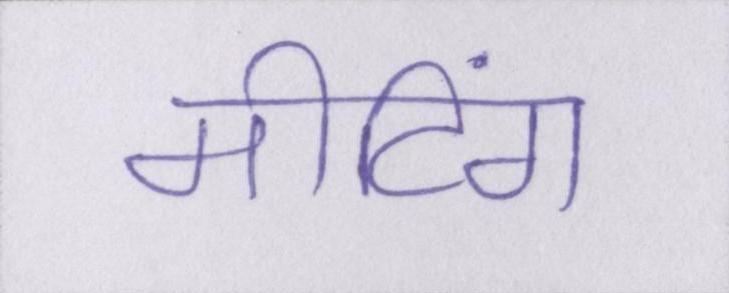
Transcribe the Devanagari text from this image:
मीटिंग